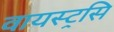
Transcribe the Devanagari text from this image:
वायस्ट्रसि